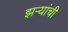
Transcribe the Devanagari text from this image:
झऱ्यांची